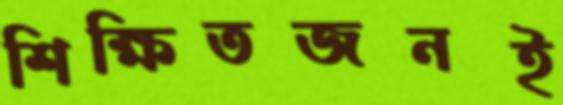
শিক্ষিতজনই